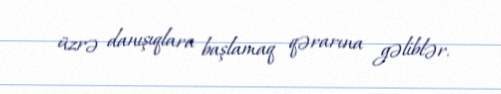
üzrə danışıqlara başlamaq qərarına gəliblər.